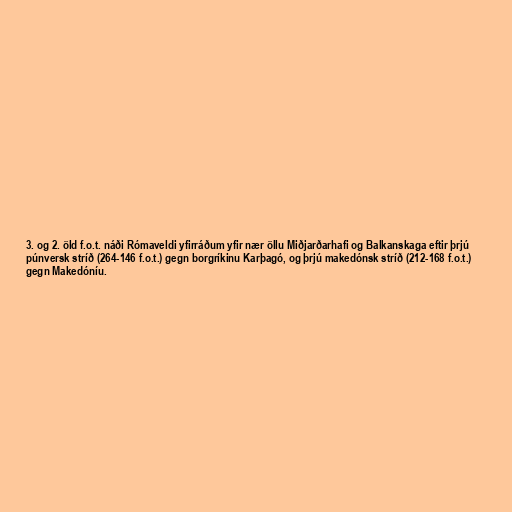
3. og 2. öld f.o.t. náði Rómaveldi yfirráðum yfir nær öllu Miðjarðarhafi og Balkanskaga eftir þrjú
púnversk stríð (264-146 f.o.t.) gegn borgríkinu Karþagó, og þrjú makedónsk stríð (212-168 f.o.t.)
gegn Makedóníu.